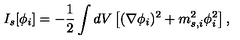
I _ { s } [ \phi _ { i } ] = - \frac 1 2 \int d V \left[ ( \nabla \phi _ { i } ) ^ { 2 } + m _ { s , i } ^ { 2 } \phi _ { i } ^ { 2 } \right] ,